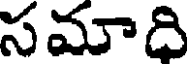
సమాది